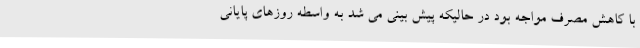
با کاهش مصرف مواجه بود در حالیکه پیش بینی می شد به واسطه روزهای پایانی